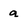
Character: a